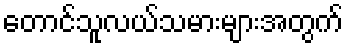
တောင်သူလယ်သမားများအတွက်